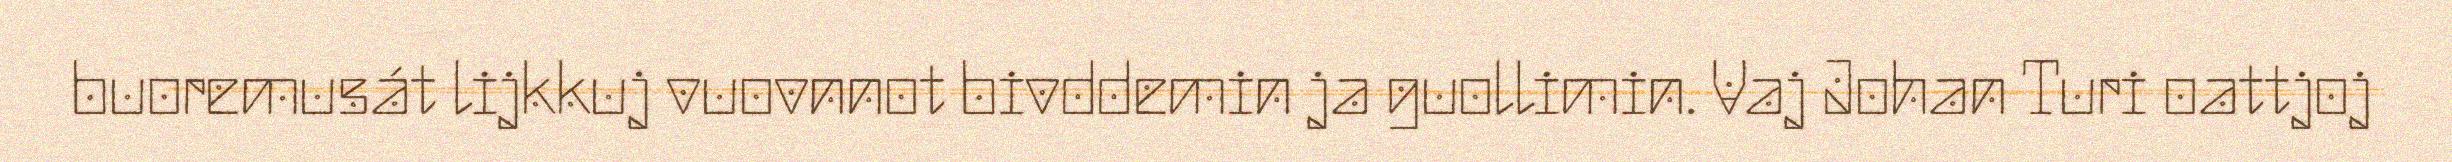
buoremusát lijkkuj vuovnnot bivddemin ja guollimin. Vaj Johan Turi oattjoj